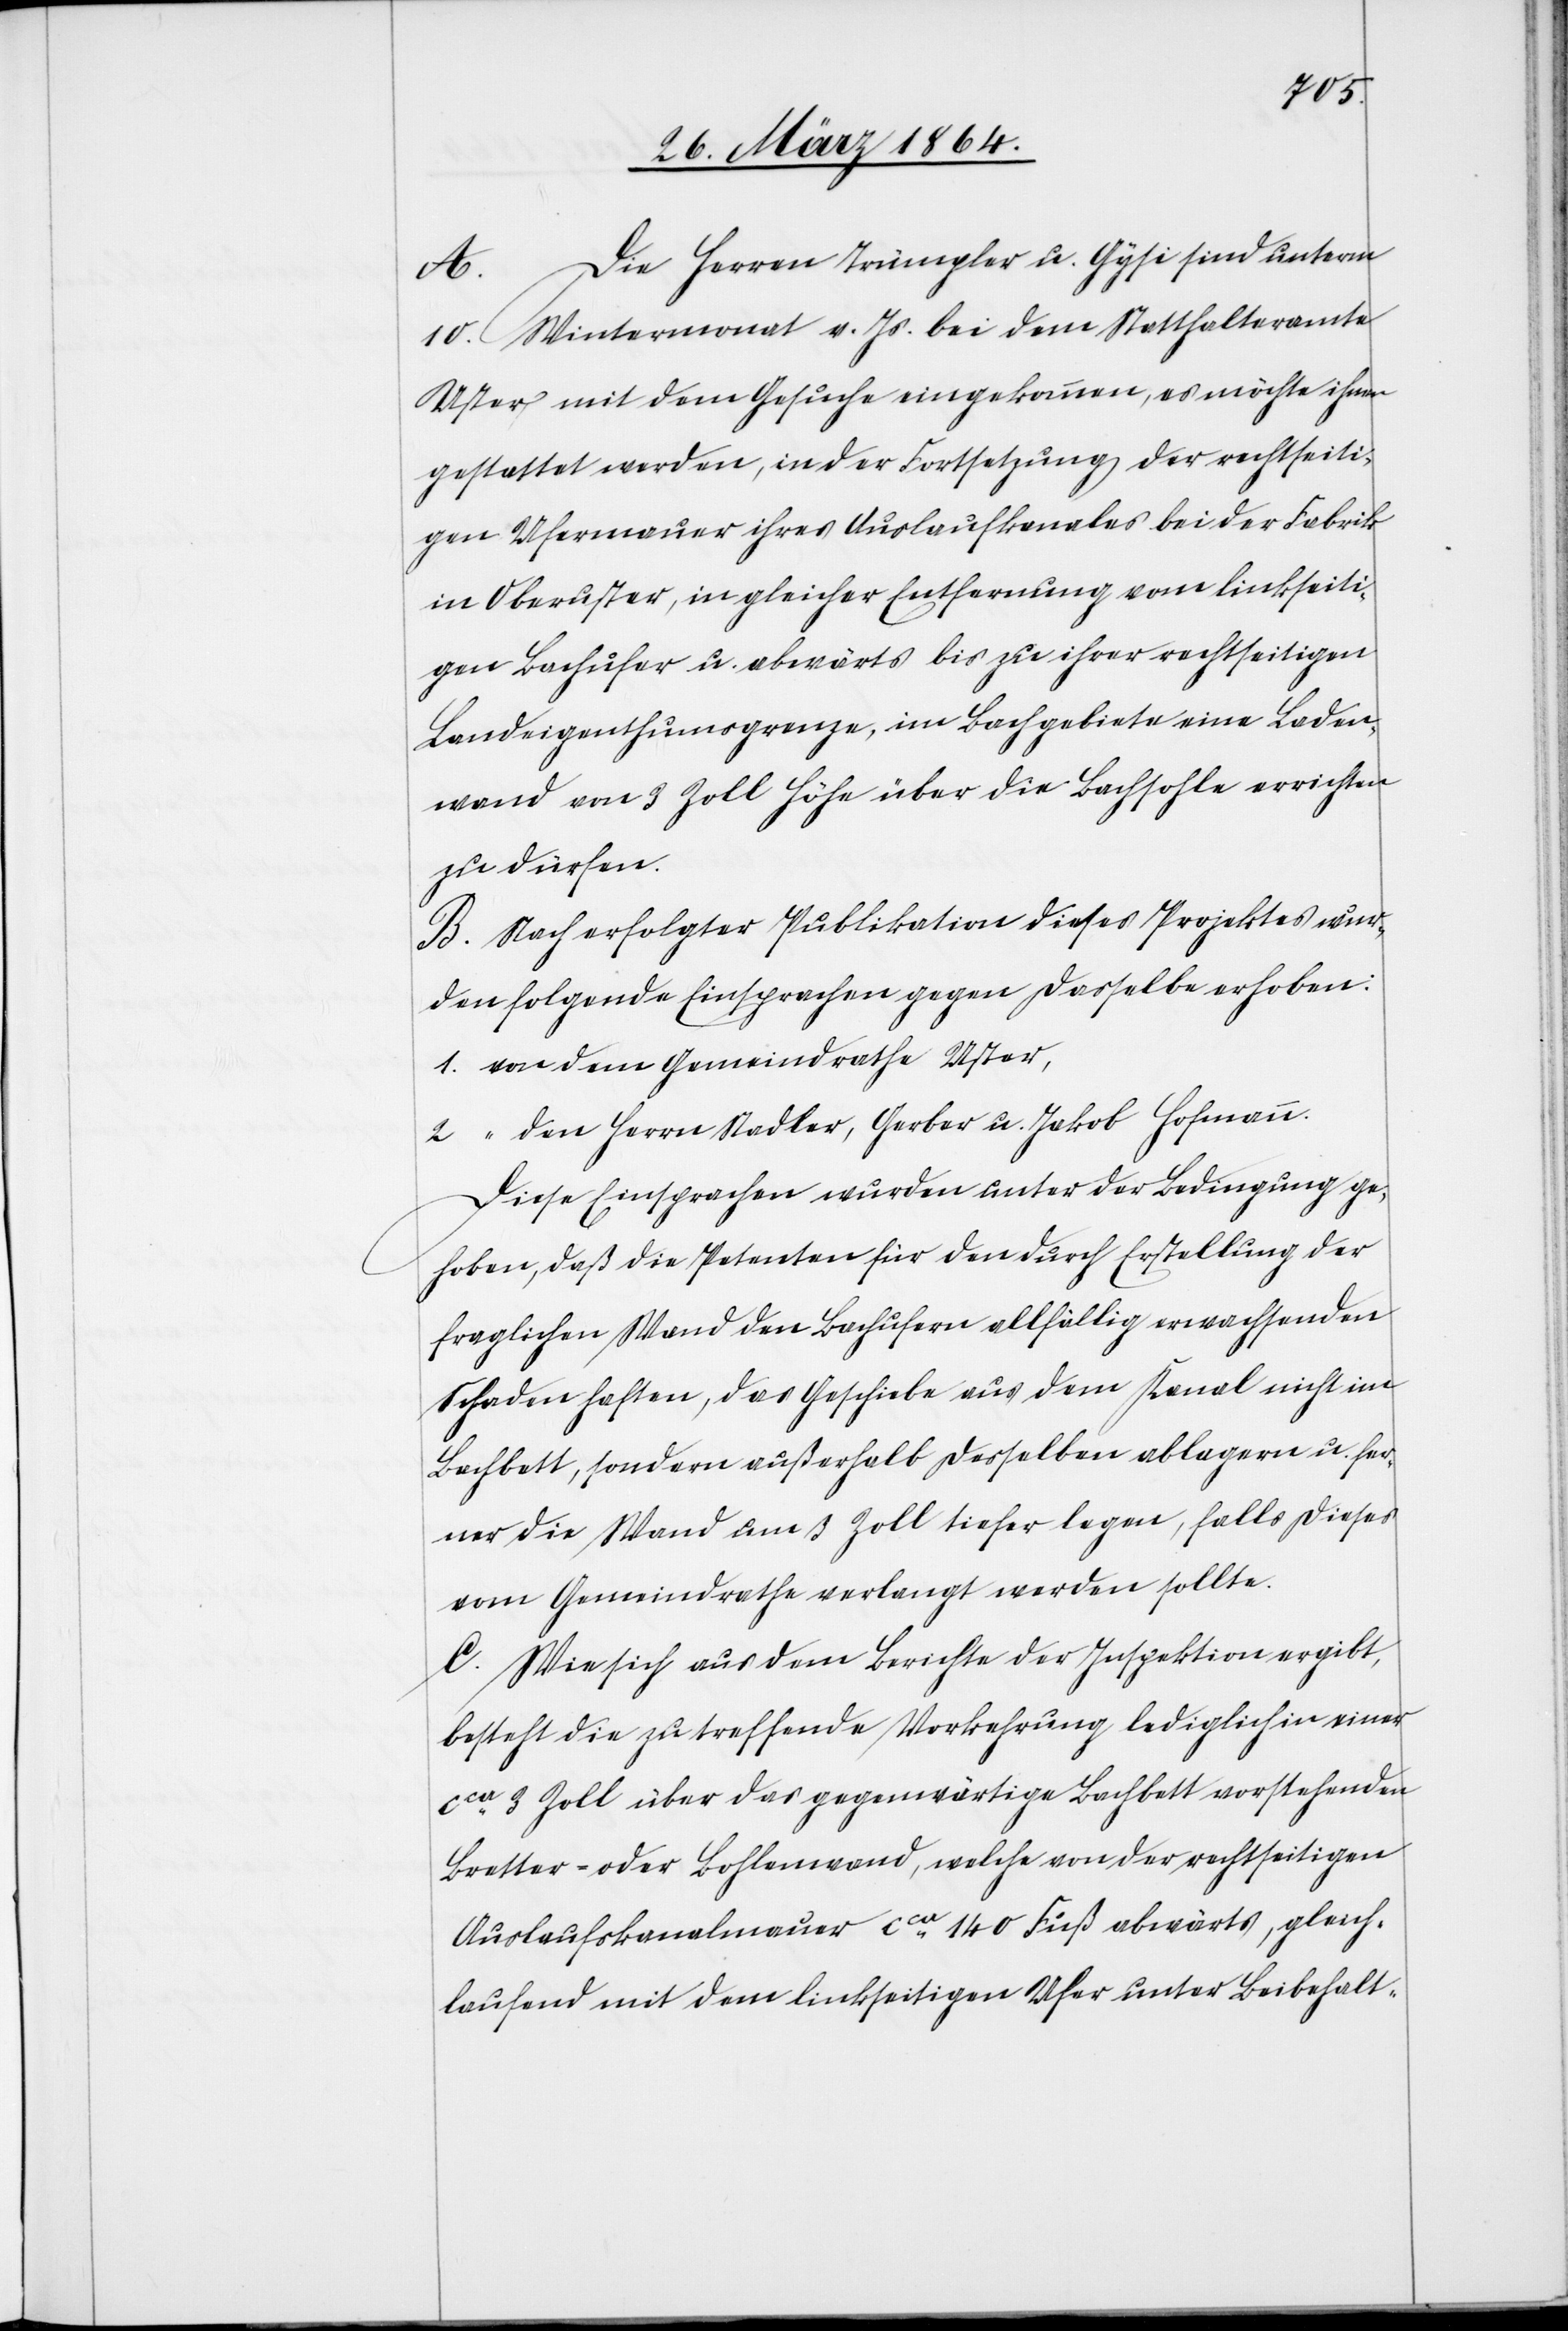
Die Herren Trümpler u. Gysi sind unterm
A.
10. Wintermonat v. Js. bei dem Statthalteramte
Uster mit dem Gesuche eingekommen, es möchte ihnen
gestattet werden, in der Fortsetzung der rechtseiti¬
gen Ufermauer ihres Auslaufkanales bei der Fabrik
in Oberuster, in gleicher Entfernung vom linkseiti¬
gen Bachufer u. abwärts bis zu ihrer rechtseitigen
Landeigenthumsgrenze, im Bachgebiete eine Laden¬
wand von 3 Zoll Höhe über die Bachsohle errichten
zu dürfen.
B. Nach erfolgter Publikation dieses Projektes wur¬
den folgende Einsprachen gegen dasselbe erhoben:
1. von dem Gemeindrathe Uster,
2. “ den Herrn Stadler, Gerber u. Jakob Hofmann.
Diese Einsprachen wurden unter der Bedingung ge¬
hoben, daß die Petenten für den durch Erstellung der
fraglichen Wand den Bachufern allfällig erwachsenden
Schaden haften, das Geschiebe aus dem Kanal nicht im
Bachbett, sondern außerhalb desselben ablagern u. fer¬
ner die Wand um 3 Zoll tiefer legen, falls dieses
vom Gemeindrathe verlangt werden sollte.
C. Wie sich aus dem Berichte der Inspektion ergibt,
besteht die zu treffende Vorkehrung lediglich in einer
cca 3 Zoll über das gegenwärtige Bachbett vorstehenden
Bretter- oder Bohlenwand, welche von der rechtseitigen
Auslaufskanalmauer cca 140 Fuß abwärts, gleich¬
laufend mit dem linkseitigen Ufer unter Beibehalt-